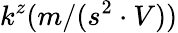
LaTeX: k^{z}(m/(s^{2}\cdot V))